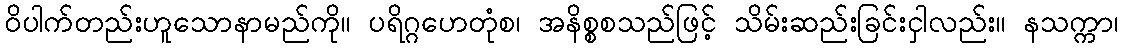
ဝိပါက်တည်းဟူသောနာမည်ကို။ ပရိဂ္ဂဟေတုံစ၊ အနိစ္စစသည်ဖြင့် သိမ်းဆည်းခြင်းငှါလည်း။ နသက္ကာ၊